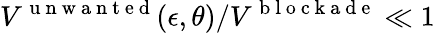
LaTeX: V^{\mathrm{~u~n~w~a~n~t~e~d~}}(\epsilon,\theta)/V^{\mathrm{~b~l~o~c~k~a~d~e~}}\ll 1